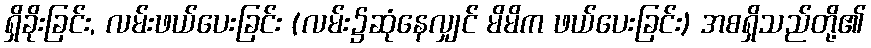
ရှိခိုးခြင်း, လမ်းဖယ်ပေးခြင်း (လမ်း၌ဆုံနေလျှင် မိမိက ဖယ်ပေးခြင်း) အစရှိသည်တို့၏